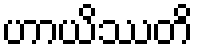
ဟာယိဿတိ